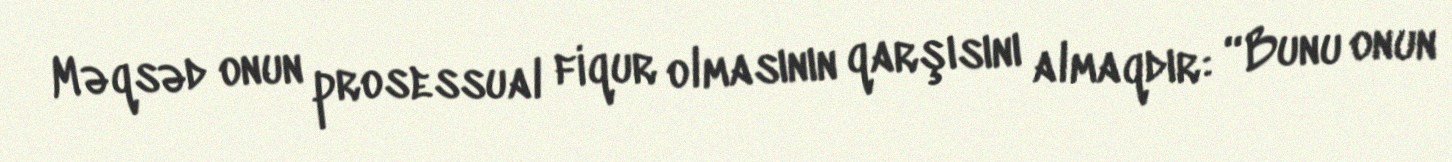
Məqsəd onun prosessual fiqur olmasının qarşısını almaqdır: “Bunu onun